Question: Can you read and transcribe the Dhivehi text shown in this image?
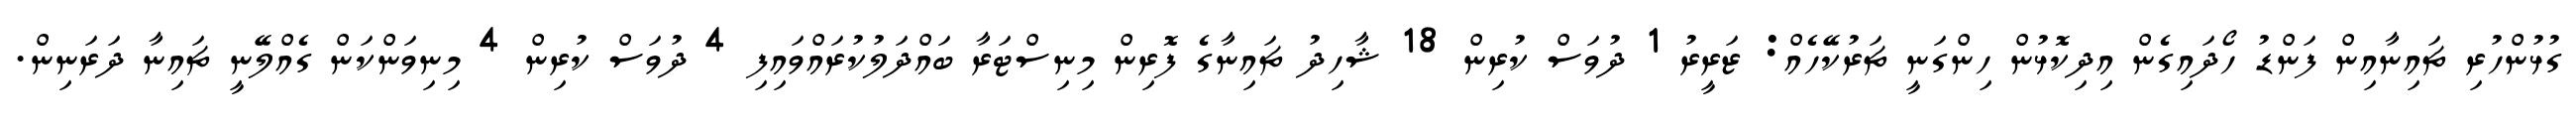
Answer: ގުޅުންހުރި ޗައިނާއިން ފަންޑު ހޯދައިގެން އިދިކޮޅުން ހިންގަނީ ޗަރުކޭހެއް: ޒަރީރު 1 ދުވަސް ކުރިން 18 ޝާހިދު ޗައިނާގެ ފޮރިން މިނިސްޓަރާ ބައްދަލުކުރައްވައިފި 4 ދުވަސް ކުރިން 4 މިނިވަންކަން ގެއްލޭނީ ޗައިނާ ދަރަނިން.